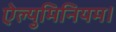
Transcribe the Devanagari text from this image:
ऐल्युमिनियम।